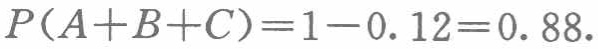
\(P(A + B + C)=1 - 0.12 = 0.88\)